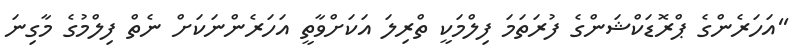
''އަހަރެންގެ ޕްރޮޑަކްޝަންގެ ފުރަތަމަ ފިލްމަކީ ތްރިލަ އަކަށްވާތީ އަހަރެންނަކަށް ނެތް ފިލްމުގެ މާގިނަ